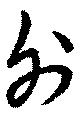
射